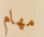
مهام